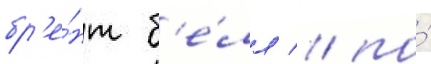
бр'е́нт б'е́лл / по́